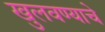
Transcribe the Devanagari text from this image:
खुलवण्याचे